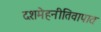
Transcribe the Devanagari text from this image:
दशमेहनीतिवापाठः